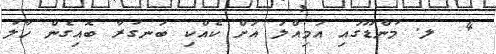
4  ލ. މުންޑޫގައި އަމިއްލަ އަށް ކެއްކި ބަނގުރާ ބޮއިގެން ހާލު